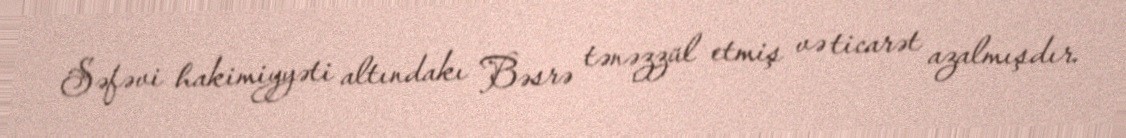
Səfəvi hakimiyyəti altındakı Bəsrə tənəzzül etmiş və ticarət azalmışdır.